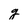
Character: g